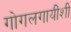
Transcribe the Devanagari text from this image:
गोगलगायींशी